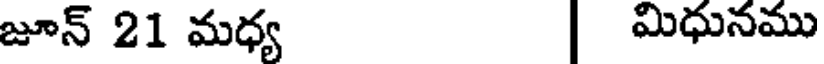
జూన్ 21 మధ్య | మిధునము